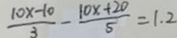
\frac { 1 0 x - 1 0 } { 3 } - \frac { 1 0 x + 2 0 } { 5 } = 1 . 2